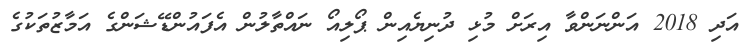
އަދި 2018 އަންނަންވާ އިރަށް މުޅި ދުނިޔެއިން ޕޯލިއޯ ނައްތާލުން އެފައުންޑޭޝަންގެ އަމާޒުތަކުގެ